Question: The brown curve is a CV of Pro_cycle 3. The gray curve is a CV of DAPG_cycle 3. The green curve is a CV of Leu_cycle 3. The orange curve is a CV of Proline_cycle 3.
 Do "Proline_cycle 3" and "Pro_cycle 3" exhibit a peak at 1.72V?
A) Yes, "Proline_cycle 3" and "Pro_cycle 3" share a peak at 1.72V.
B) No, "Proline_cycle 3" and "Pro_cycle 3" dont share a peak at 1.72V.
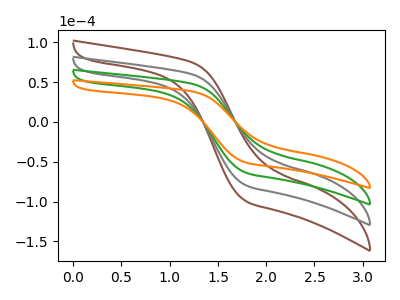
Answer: <think>The brown curve "Pro_cycle 3" has no peaks. The gray curve "DAPG_cycle 3" has no peaks. The green curve "Leu_cycle 3" has no peaks. The orange curve "Proline_cycle 3" has no peaks.</think>
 <answer>B) No, "Proline_cycle 3" and "Pro_cycle 3" dont share a peak at 1.72V.</answer>
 <eval>B</eval>